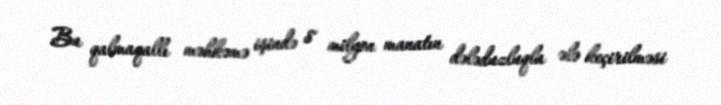
Bu qalmaqallı məhkəmə işində 8 milyon manatın dələduzluqla ələ keçirilməsi